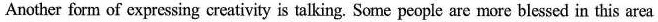
Another form of expressing creativity is talking, Some people are more blessed in this area